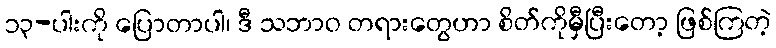
၁၃-ပါးကို ပြောတာပါ၊ ဒီ သဘာဝ တရားတွေဟာ စိတ်ကိုမှီပြီးတော့ ဖြစ်ကြတဲ့